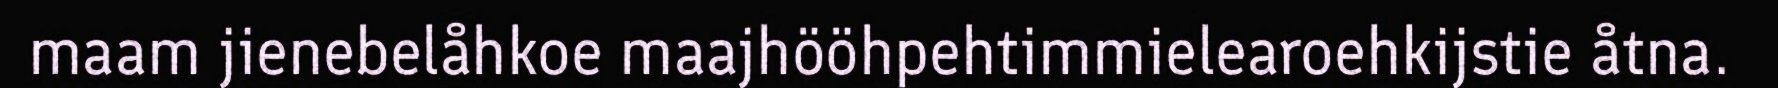
maam jienebelåhkoe maajhööhpehtimmielearoehkijstie åtna.